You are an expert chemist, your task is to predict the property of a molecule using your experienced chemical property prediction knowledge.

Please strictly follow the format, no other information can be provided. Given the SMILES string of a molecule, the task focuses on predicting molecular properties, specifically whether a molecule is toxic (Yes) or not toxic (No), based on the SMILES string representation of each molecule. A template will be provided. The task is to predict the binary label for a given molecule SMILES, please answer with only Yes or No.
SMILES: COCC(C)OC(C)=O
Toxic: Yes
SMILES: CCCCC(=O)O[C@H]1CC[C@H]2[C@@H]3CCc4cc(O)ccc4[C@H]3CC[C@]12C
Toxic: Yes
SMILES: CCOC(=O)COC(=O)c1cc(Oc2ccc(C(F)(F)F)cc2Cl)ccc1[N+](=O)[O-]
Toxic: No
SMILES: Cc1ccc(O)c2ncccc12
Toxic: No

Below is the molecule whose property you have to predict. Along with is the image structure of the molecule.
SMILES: O=C1/C(=C2\Nc3ccc(S(=O)(=O)[O-])cc3C2=O)Nc2ccc(S(=O)(=O)[O-])cc21
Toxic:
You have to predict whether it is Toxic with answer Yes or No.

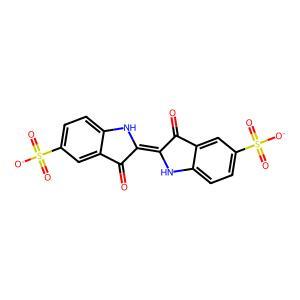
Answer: No